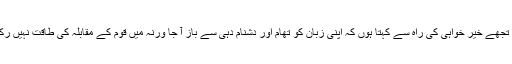
مَیں تجھے خیر خواہی کی راہ سے کہتا ہوں کہ اپنی زبان کو تھام اور دشنام دہی سے باز آ جا ورنہ مَیں قوم کے مقابلہ کی طاقت نہیں رکھتا۔